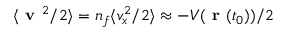
\langle \textbf { v } ^ { 2 } / 2 \rangle = n _ { f } \langle v _ { x } ^ { 2 } / 2 \rangle \approx - V ( \textbf { r } ( t _ { 0 } ) ) / 2